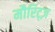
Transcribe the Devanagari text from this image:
मौरिट्ज़